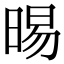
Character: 晹